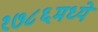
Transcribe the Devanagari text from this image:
१७८६मध्ये